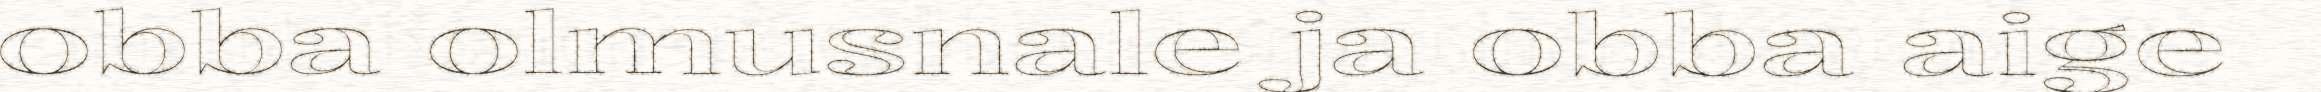
obba olmusnale ja obba aige